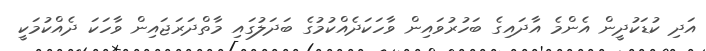
އަދި ކުޑަކުދީން އެންމެ އާދައިގެ ބަހުރުވައިން ވާހަކަދެއްކުމުގެ ބަދަލުގައި މާތްދަރަޖައިން ވާހަކަ ދެއްކުމަކީ